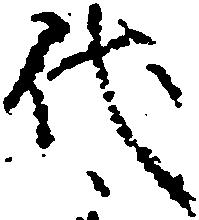
代